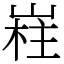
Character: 嵀